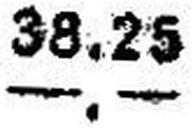
—.—